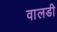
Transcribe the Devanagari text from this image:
वालडी